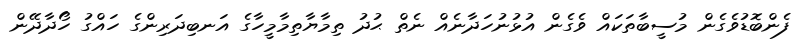
ފެންބޮޑުވެގެން މުސީބާތަކައް ވެގެން އުޅުނުހަދާނެއް ނެތް ޙުދު ތިމާޔާތިމާމީހާގެ އަނބިދަރިންގެ ހައްގު ހޯދާދޭން